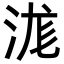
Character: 浝